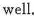
well.